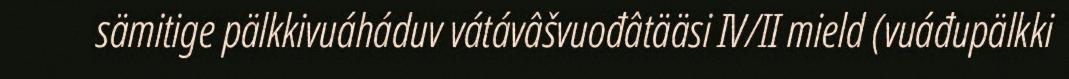
sämitige pälkkivuáháduv vátávâšvuođâtääsi IV/II mield (vuáđupälkki